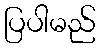
ပြပါမည်